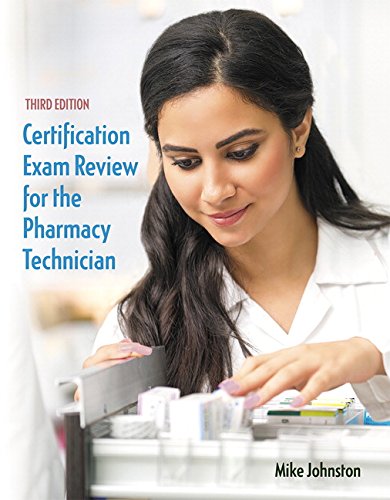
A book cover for Certification Exam Review for the Pharmacy Technician (3rd Edition); Mike Johnston; Medical Books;